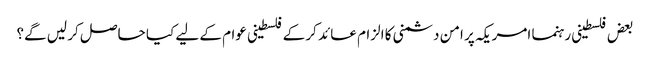
بعض فلسطینی رہنما امریکہ پر امن دشمنی کا الزام عائد کر کے فلسطینی عوام کے لیے کیا حاصل کر لیں گے؟